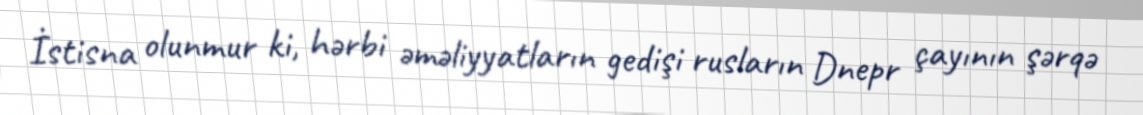
İstisna olunmur ki, hərbi əməliyyatların gedişi rusların Dnepr çayının şərqə